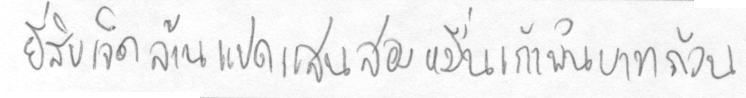
ยี่สิบเจ็ดล้านแปดแสนสองหมื่นเก้าพันบาทถ้วน